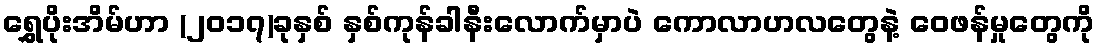
ရွှေပိုးအိမ်ဟာ (၂၀၁၇)ခုနှစ် နှစ်ကုန်ခါနီးလောက်မှာပဲ ကောလာဟလတွေနဲ့ ဝေဖန်မှုတွေကို